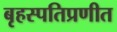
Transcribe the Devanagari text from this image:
बृहस्पतिप्रणीत